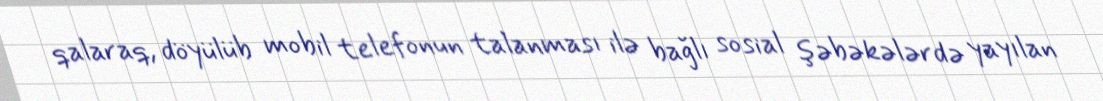
qalaraq, döyülüb mobil telefonun talanması ilə bağlı sosial şəbəkələrdə yayılan